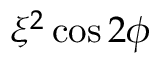
\xi ^ { 2 } \cos 2 \phi